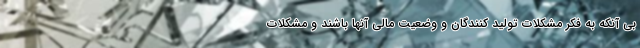
بی آنکه به فکر مشکلات تولید کنندگان و وضعیت مالی آنها باشند و مشکلات